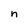
Character: n